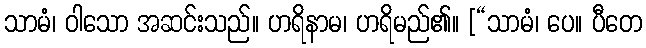
သာမံ၊ ဝါသော အဆင်းသည်။ ဟရိနာမ၊ ဟရိမည်၏။ [“သာမံ၊ ပေ။ ပီတေ